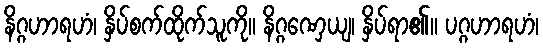
နိဂ္ဂဟာရဟံ၊ နှိပ်စက်ထိုက်သူကို။ နိဂ္ဂဏှေယျ၊ နှိပ်ရာ၏။ ပဂ္ဂဟာရဟံ၊